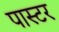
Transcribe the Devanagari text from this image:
पास्‍टर